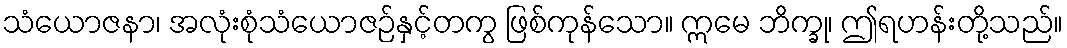
သံယောဇနာ၊ အလုံးစုံသံယောဇဉ်နှင့်တကွ ဖြစ်ကုန်သော။ ဣမေ ဘိက္ခု၊ ဤရဟန်းတို့သည်။